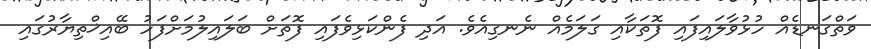
ވަތްގަނޑެއް ހުޅުވާލައިފައި ފޮތަކާއި ގަލަމެއް ނެނގިއެވެ. އަދި ފެންކަޅިވެފައި ފޮތަށް ބަލައިލުމަށްފަހު ބޭއިޚްތިޔާރުގައި